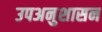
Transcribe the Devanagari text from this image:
उपअनुशासन